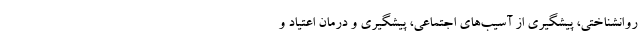
روانشناختی، پیشگیری از آسیب‌های اجتماعی، پیشگیری و درمان اعتیاد و